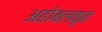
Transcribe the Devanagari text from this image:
अहोबलकृत